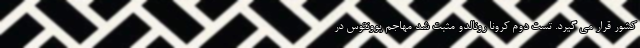
کشور قرار می گیرد. تست دوم کرونا رونالدو مثبت شد مهاجم یوونتوس در